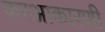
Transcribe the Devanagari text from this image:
करआकारणी